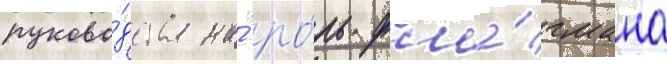
руково́дства на́ ро́ль фла́гмана